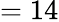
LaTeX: =14